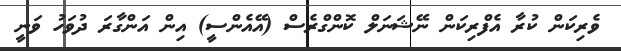
ވެރިކަން ކުރާ އެފްރިކަން ނޭޝަނަލް ކޮންގްރެސް (އޭއެންސީ) އިން އަންގާރަ ދުވަހު ވަނީ